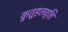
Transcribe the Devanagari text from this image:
कुतूहलवृत्ति